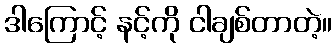
ဒါကြောင့် နင့်ကို ငါချစ်တာတဲ့။